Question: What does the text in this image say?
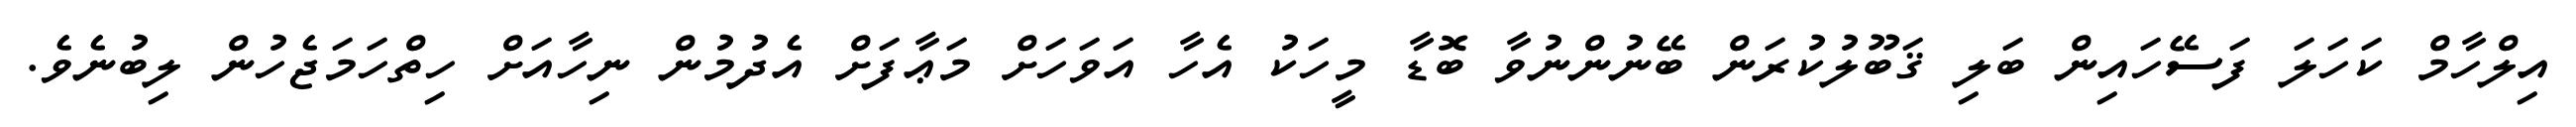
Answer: އިލްހާމް ކަހަލަ ފަސޭހައިން ބަލި ޤަބޫލުކުރަން ބޭނުންނުވާ ބޮޑާ މީހަކު އެހާ އަވަހަށް މަޢާފަށް އެދުމުން ނިހާއަށް ހިތްހަމަޖެހުން ލިބުނެވެ.